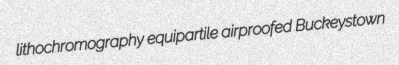
lithochromography equipartile airproofed Buckeystown